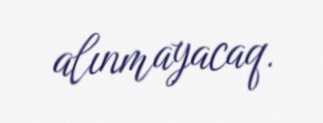
alınmayacaq.